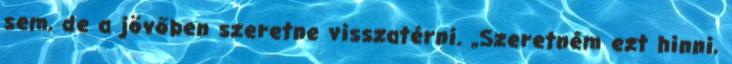
sem, de a jövőben szeretne visszatérni. „Szeretném ezt hinni,